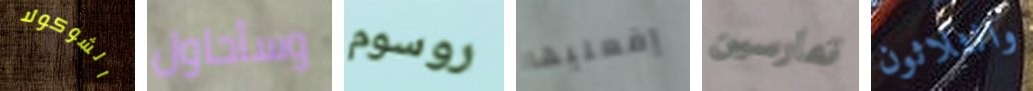
الشوكولا وسأحاول روسوم إفعليها تمارسين والثلاثون